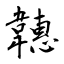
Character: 韢